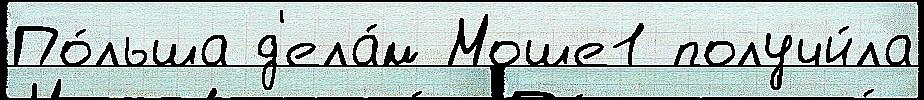
По́льша д'ела́м Моше1 получи́ла